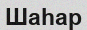
Шаһар